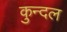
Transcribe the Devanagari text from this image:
कुन्दल